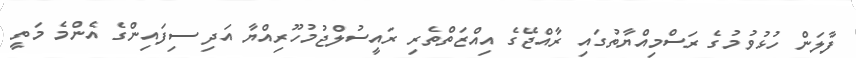
ފާލަން ހުޅުވުމުގެ ރަސްމިއްޔާތުގައި ރާއްޖޭގެ އިއްޒަތްތެރި ރައީސުލްޖުމުހޫރިއްޔާ އަދި ސިފައިންގެ އެންމެ މަތީ